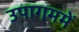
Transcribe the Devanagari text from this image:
उपागममें